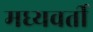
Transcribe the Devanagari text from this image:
मध्‍यवर्ती